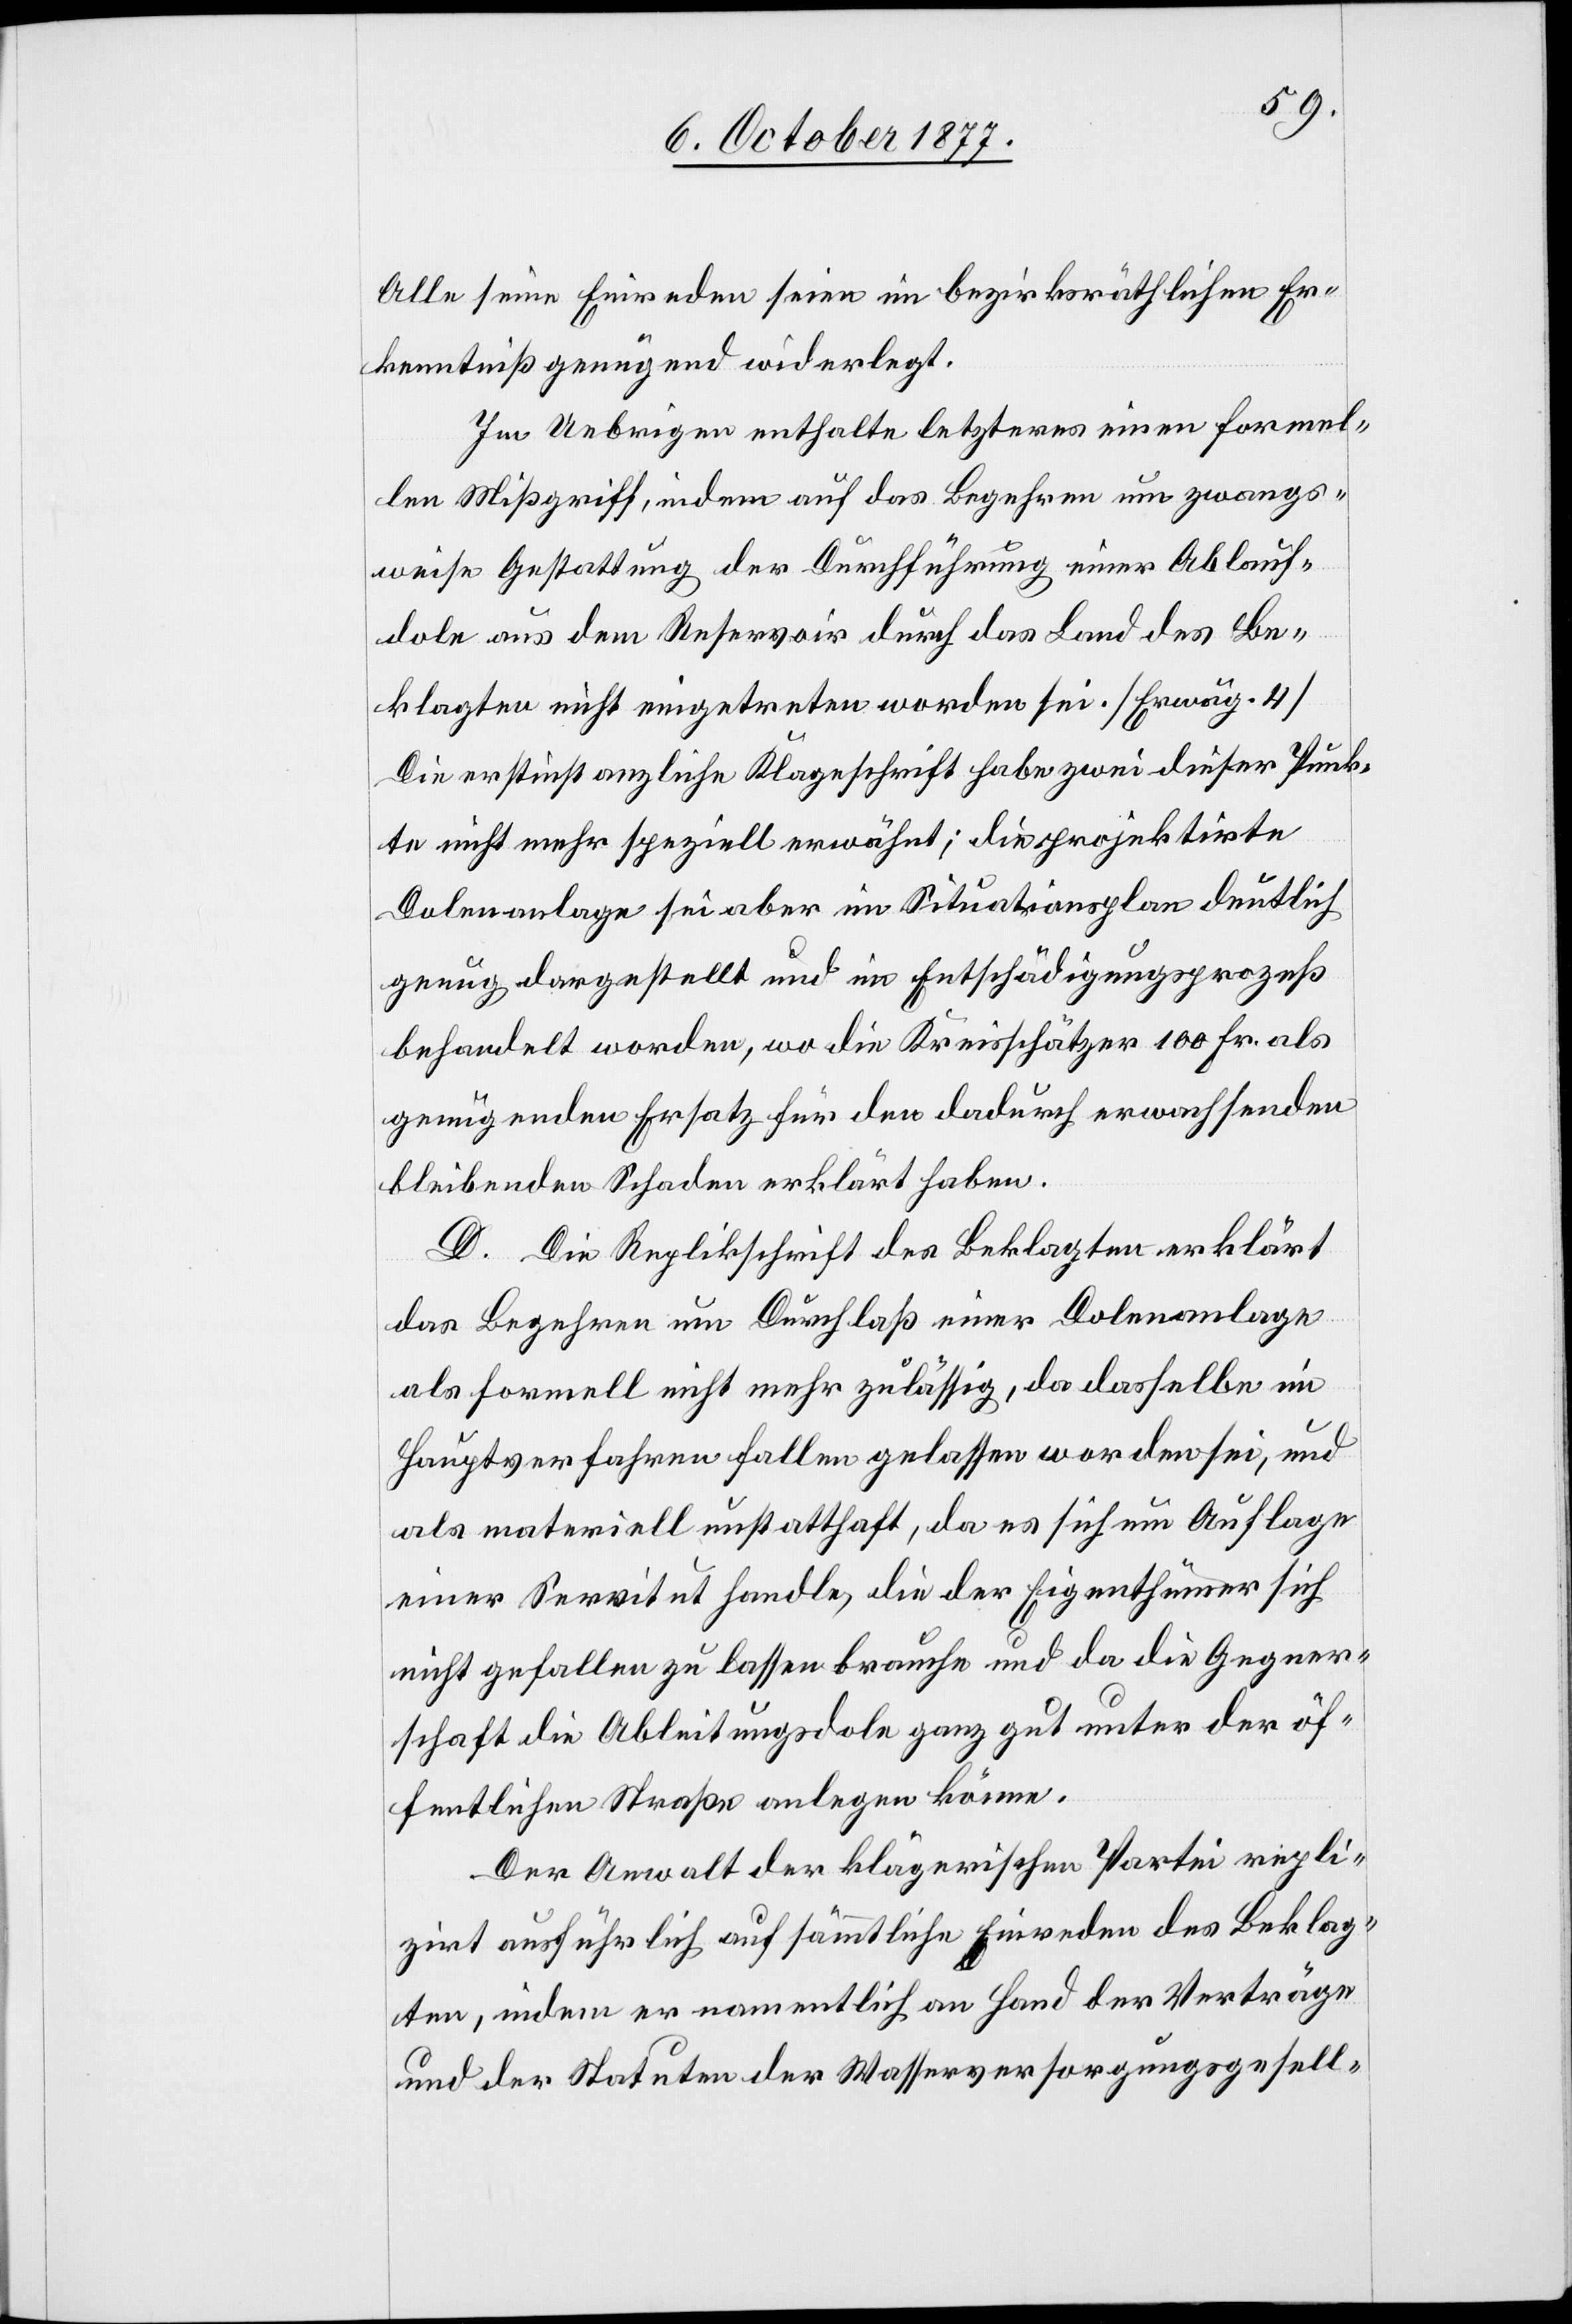
Alle seine Einreden seien im bezirksräthlichen Er¬
kenntniß genügend widerlegt.
Im Uebrigen enthalte letzteres einen formel¬
len Mißgriff, indem auf das Begehren um zwangs¬
weise Gestattung der Durchführung einer Ablauf¬
dole aus dem Reservoir durch das Land des Be¬
klagten nicht eingetreten worden sei. [Erwäg. 4]
Die erstinstanzliche Klageschrift habe zwei dieser Punk¬
te nicht mehr speziell erwähnt; die projektirte
Dolenanlage sei aber im Situationsplan deutlich
genug dargestellt und im Entschädigungsprozeß
behandelt worden, wo die Kreisschätzer 100 Fr. als
genügenden Ersatz für den dadurch erwachsenden
bleibenden Schaden erklärt haben.
D. Die Replikschrift des Beklagten erklärt
das Begehren um Durchlaß einer Dolenanlage
als formell nicht mehr zulässig, da dasselbe im
Hauptverfahren fallen gelassen worden sei, und
als materiell unstatthaft, da es sich um Auflage
einer Servitut handle, die der Eigenthümer sich
nicht gefallen zu lassen brauche und da die Gegner¬
schaft die Ableitungsdole ganz gut unter der öf¬
fentlichen Straße anlegen könne.
Der Anwalt der klägerischen Partei repli¬
zirt ausführlich auf sämmtliche Einreden des Beklag¬
ten, indem er namentlich an Hand der Verträge
und der Statuten der Wasserversorgungsgesell-